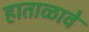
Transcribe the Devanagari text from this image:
हाताळावे